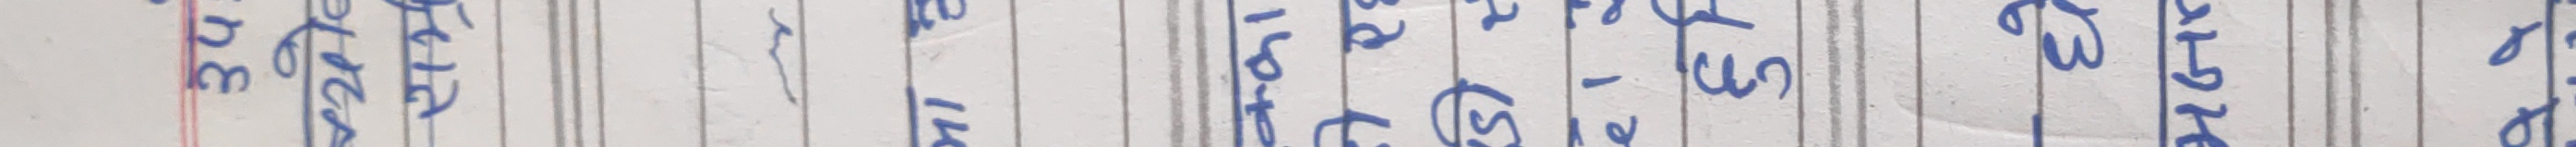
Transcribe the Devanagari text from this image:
२३ पुस १९ शुक्रबार १४ १८ १५ १२ ७ १० बुधबार